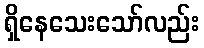
ရှိနေသေးသော်လည်း